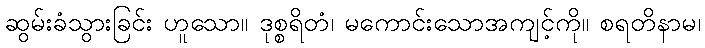
ဆွမ်းခံသွားခြင်း ဟူသော။ ဒုစ္စရိတံ၊ မကောင်းသောအကျင့်ကို။ စရတိနာမ၊